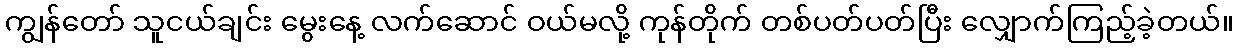
ကျွန်တော် သူငယ်ချင်း မွေးနေ့ လက်ဆောင် ဝယ်မလို့ ကုန်တိုက် တစ်ပတ်ပတ်ပြီး လျှောက်ကြည့်ခဲ့တယ်။